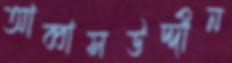
আব্বাসউদ্দীন